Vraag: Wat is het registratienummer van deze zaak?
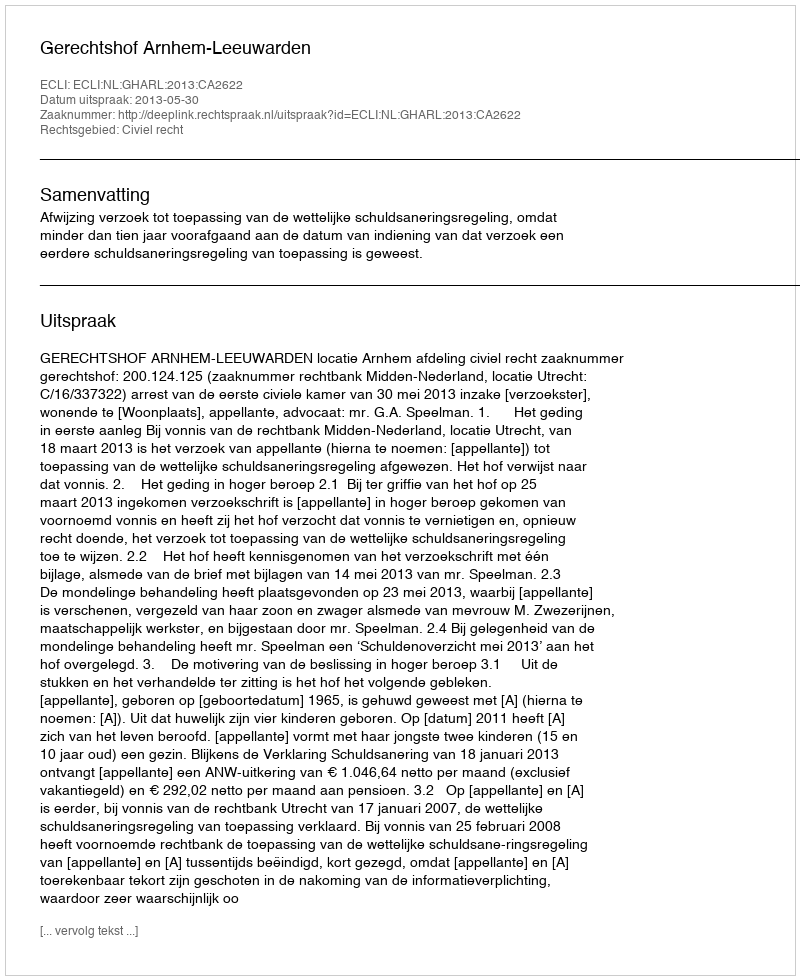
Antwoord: http://deeplink.rechtspraak.nl/uitspraak?id=ECLI:NL:GHARL:2013:CA2622